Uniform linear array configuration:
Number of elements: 8
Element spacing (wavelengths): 0.5
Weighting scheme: binomial
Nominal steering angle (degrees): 0
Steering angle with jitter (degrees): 1.031
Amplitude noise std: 0.05
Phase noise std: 0.05

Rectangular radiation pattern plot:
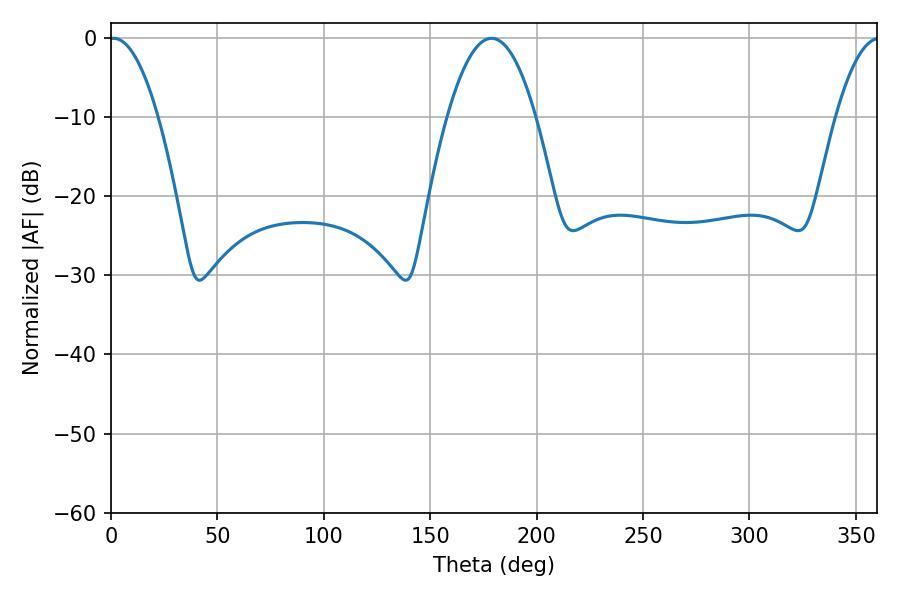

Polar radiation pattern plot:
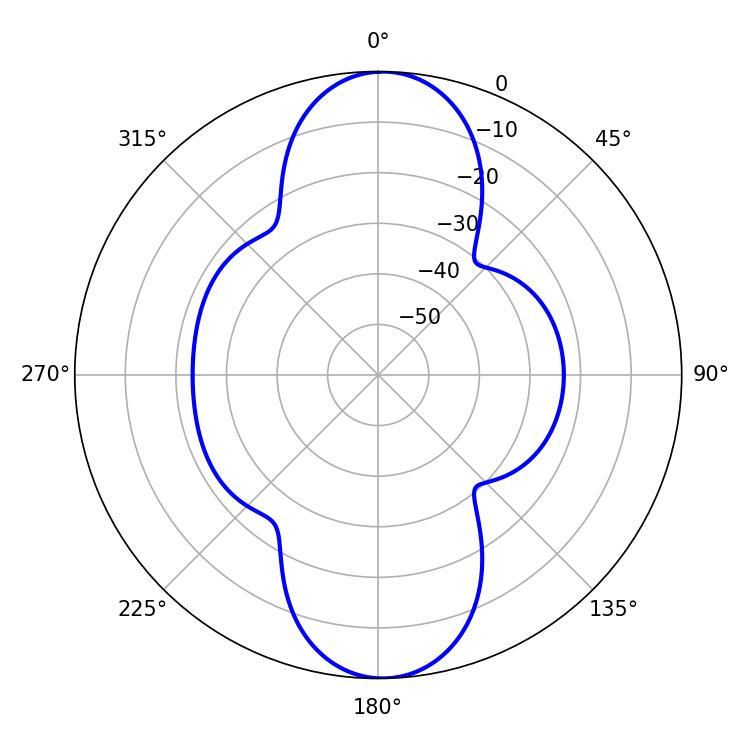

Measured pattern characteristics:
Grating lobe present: FALSE
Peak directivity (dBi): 21.467
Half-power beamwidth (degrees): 12.6
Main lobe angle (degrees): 1.26